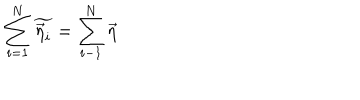
\sum _ { i = 1 } ^ { N } \widetilde { \vec { \eta } _ { i } } = \sum _ { i - 1 } ^ { N } \vec { \eta }